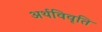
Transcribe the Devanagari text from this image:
अर्थविवृति